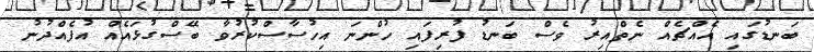
ބަނޑުގައި އެއްޗެއް ނެތްއިރު ވެސް ބަނޑު ފުރިފައި ހުންނަ އިހުސާސްކުރުވާ ބޭސްގުޅައެއް އުފެއްދުނު